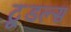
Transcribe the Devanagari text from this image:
टू्डल्स